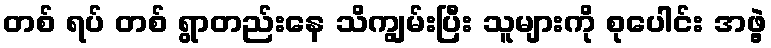
တစ် ရပ် တစ် ရွာတည်းနေ သိကျွမ်းပြီး သူများကို စုပေါင်း အဖွဲ့